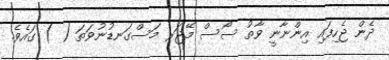
ދެން ޖެހިފައި އިންނާނީ ވާތު ސޯސް މޭޖަރ މަސްގަނޑުނުވަތަ ( ) ގައެވެ.